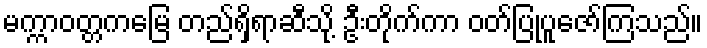
မက္ကာဝတ္တကမြေ တည်ရှိရာဆီသို့ ဦးတိုက်ကာ ဝတ်ပြုပူဇော်ကြသည်။